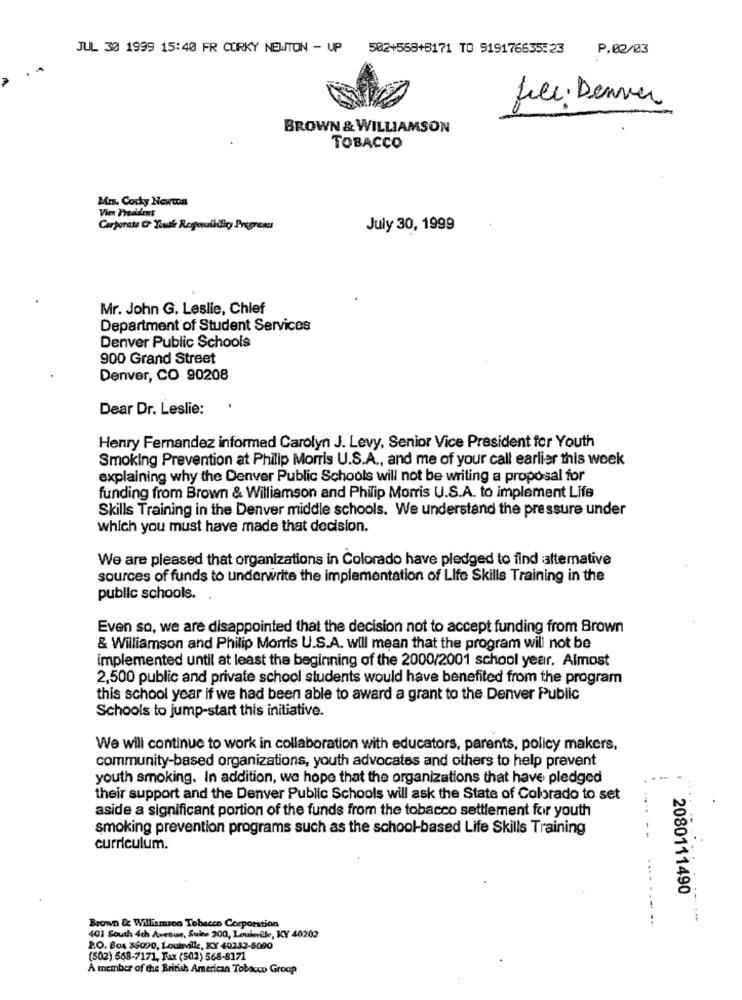
JUL 30 1999 15:40 FR CORKY NEWTON - UP 502+568+5171 TO 919176635:23
P.02/03
file : Denver
BROWN & WILLIAMSON
TOBACCO
Mm. Corky Nowwon
Vier President
Corporate Cr Youth Repouikiligy Progress
July 30, 1999
Mr. John G. Leslie, Chief
Department of Student Services
Denver Public Schools
900 Grand Street
Denver, CO 90208
Dear Dr. Leslie:
Henry Fernandez informed Carolyn J. Levy, Senior Vice President for Youth
Smoking Prevention at Philip Morris U.S.A ., and me of your call earlier this week
explaining why the Denver Public Schools will not be writing a proposal for
funding from Brown & Williamson and Philip Morris U.S.A. to implement Life
Skills Training in the Denver middle schools. We understand the pressure under
which you must have made that decision.
We are pleased that organizations in Colorado have pledged to find altemative
sources of funds to underwrite the implementation of Life Skills Training in the
public schools.
Even so, we are disappointed that the decision not to accept funding from Brown
& Williamson and Philip Morris U.S.A. will mean that the program will not be
implemented until at least the beginning of the 2000/2001 school year. Almost
2,500 public and private school students would have benefited from the program
this school year if we had been able to award a grant to the Denver Public
Schools to jump-start this initiative.
We will continue to work in collaboration with educators, parents, policy makers.
community-based organizations, youth advocates and others to help prevent
youth smoking. In addition, we hope that the organizations that have pledged
their support and the Denver Public Schools will ask the State of Colorado to set
aside a significant portion of the funds from the tobacco settlement for youth
smoking prevention programs such as the school-based Life Skills Training
curriculum.
2080111490
Brown & Williamson Tobacco Corporation
401 South 4th Avenue, Suite 200, Louieville, KY 40202
2.O. Box 36090, Louisville, KY 40232-5090
(502) 568-7171, Fax (501) 568-8171
A member of the British American Tobacco Group